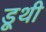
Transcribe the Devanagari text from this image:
डूथी